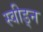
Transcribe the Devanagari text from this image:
स्वीड्न